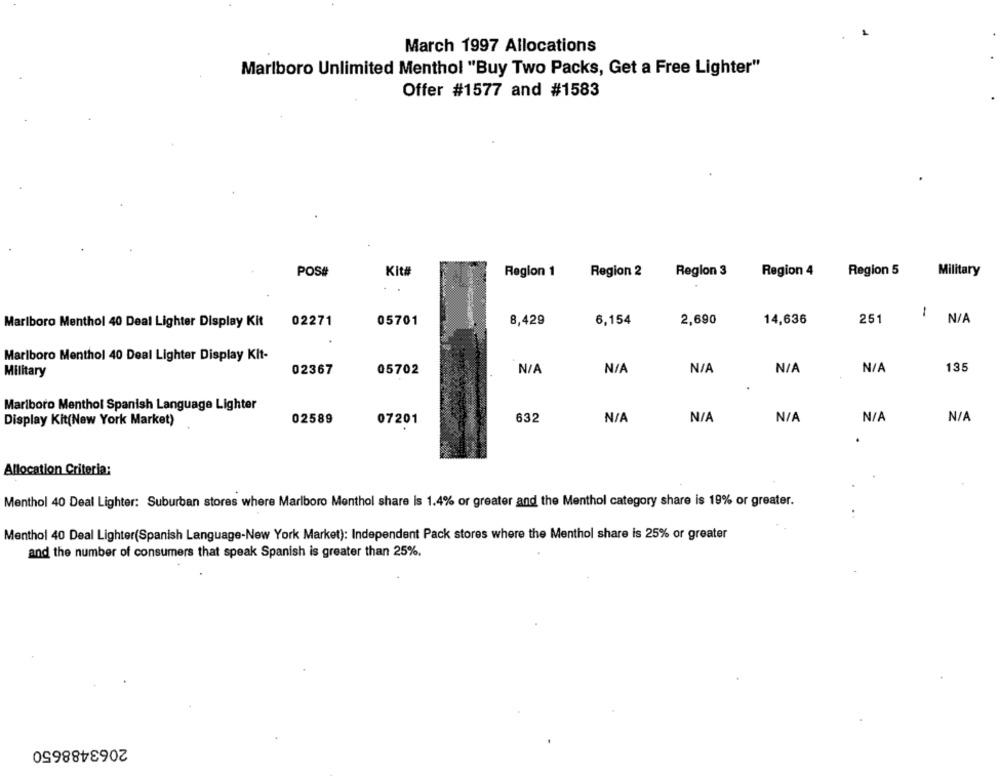
March 1997 Allocations
Marlboro Unlimited Menthol "Buy Two Packs, Get a Free Lighter"
Offer #1577 and #1583
POS#
Kit
Region 1
Region 5
Region 2
Region 3
Region 4
Military
1
Marlboro Menthol 40 Deal Lighter Display Kit
02271
05701
8,429
6,154
2,690
14,636
251
Marlboro Menthol 40 Deal Lighter Display Kit-
Military
02367
05702
135
Marlboro Menthol Spanish Language Lighter
02589
632
Display Kit(New York Market)
07201
Allocation Criteria:
Menthol 40 Deal Lighter: Suburban stores where Marlboro Menthol share is 1.4% or greater and the Menthol category share is 19% or greater.
. .
Menthol 40 Deal Lighter(Spanish Language-New York Market): Independent Pack stores where the Menthol share is 25% or greater
and the number of consumers that speak Spanish is greater than 25%.
2063488650